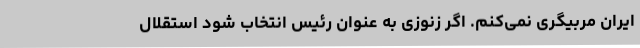
ایران مربیگری نمی‌کنم. اگر زنوزی به‌ عنوان رئیس انتخاب شود استقلال